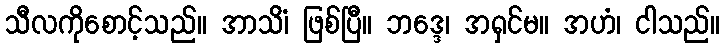
သီလကိုစောင့်သည်။ အာသိံ၊ ဖြစ်ပြီ။ ဘဒ္ဒေ၊ အရှင်မ။ အဟံ၊ ငါသည်။